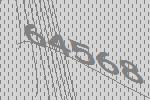
64568